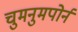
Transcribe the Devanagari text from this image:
चुमनुमपोर्न